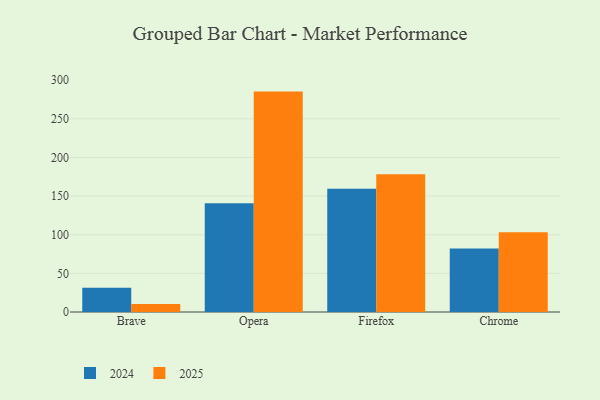
{"axis": {"x": "Browser", "y": "Customer Acquisition Cost (USD)"}, "legend": ["2024", "2025"], "data": [{"x": "Brave", "y": 31.5, "type": "2024"}, {"x": "Brave", "y": 10.2, "type": "2025"}, {"x": "Opera", "y": 140.7, "type": "2024"}, {"x": "Opera", "y": 285.3, "type": "2025"}, {"x": "Firefox", "y": 159.5, "type": "2024"}, {"x": "Firefox", "y": 178.3, "type": "2025"}, {"x": "Chrome", "y": 82.2, "type": "2024"}, {"x": "Chrome", "y": 103.3, "type": "2025"}]}